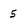
Character: 5